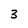
Character: 3